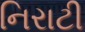
નિરાટી